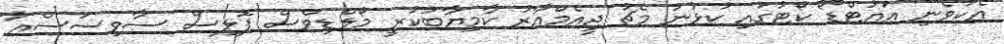
އެކުވެނި އައުޓްޑޯ ކޯޓުގައި ކުޅުނު މެޗު ޖީއެމްއާރު ކާމިޔާބުކުރީ މޯލްޑިވްސް ޕޮލިސް ސާވިސަސްއާ